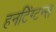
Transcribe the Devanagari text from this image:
हनटिंग्टन्स